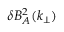
\delta B _ { A } ^ { 2 } ( k _ { \perp } )